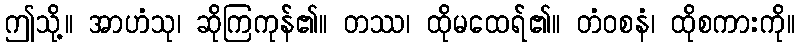
ဤသို့။ အာဟံသု၊ ဆိုကြကုန်၏။ တဿ၊ ထိုမထေရ်၏။ တံဝစနံ၊ ထိုစကားကို။